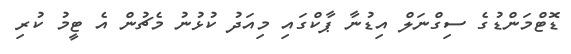
ޑޮޓްމަންޑުގެ ސިގްނަލް އިޑުނާ ޕާކްގައި މިއަދު ކުޅުނު މެޗުން އެ ޓީމު ކުރި